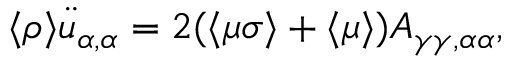
\langle \rho \rangle \ddot { u } _ { \alpha , \alpha } = 2 ( \langle \mu \sigma \rangle + \langle \mu \rangle ) A _ { \gamma \gamma , \alpha \alpha } ,